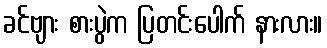
ခင်ဗျား စားပွဲက ပြတင်းပေါက် နားလား။